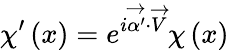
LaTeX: \chi^{\prime}\left(x\right)=e^{i\overrightarrow{\alpha^{\prime}}\cdot\overrightarrow{V}}\chi\left(x\right)